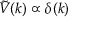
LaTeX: { \tilde { V } } ( k ) \propto \delta ( k )